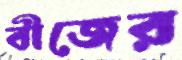
বীজের